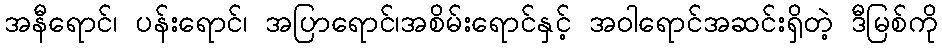
အနီရောင်၊ ပန်းရောင်၊ အပြာရောင်၊အစိမ်းရောင်နှင့် အဝါရောင်အဆင်းရှိတဲ့ ဒီမြစ်ကို